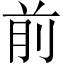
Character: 前